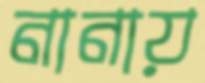
নানায়